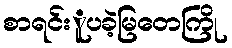
စာရင်းူပခဲ့မြတေကြို